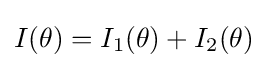
I(\theta )=I_{1}(\theta )+I_{2}(\theta )